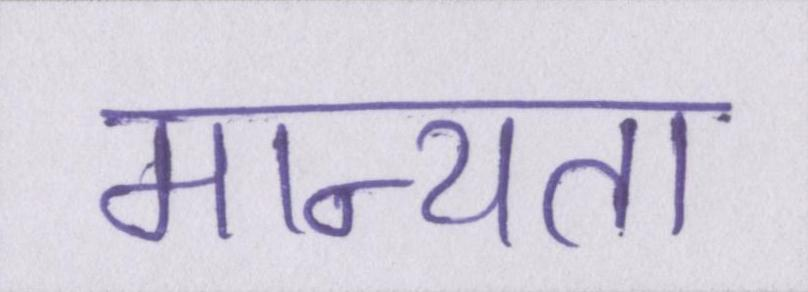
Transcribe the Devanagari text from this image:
मान्यता